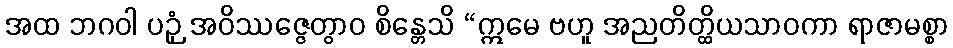
အထ ဘဂဝါ ပဉှံ အဝိဿဇ္ဇေတွာဝ စိန္တေသိ “ဣမေ ဗဟူ အညတိတ္ထိယသာဝကာ ရာဇာမစ္စာ